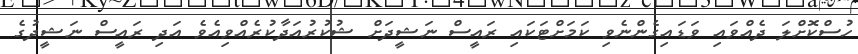
ހުސްކޮށްލަ ދެއްވައި ވަޑައިގެންނެވި ކަމަށްޓަކައި ރައީސް ނަޝީދަށް ޝުކުރުއަދާކުރެއްވިއެވެ އަދި ރައީސް ނަޝީދުގެ